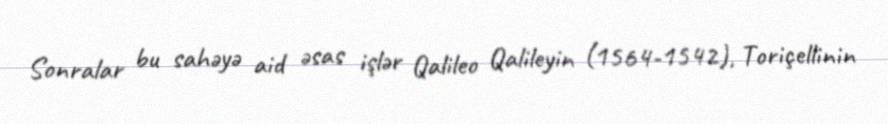
Sonralar bu sahəyə aid əsas işlər Qalileo Qalileyin (1564-1542), Toriçellinin